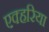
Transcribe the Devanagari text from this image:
एक्हरिया